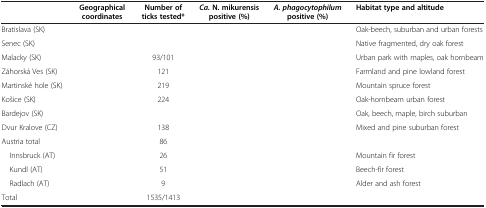
<table><thead><tr><td>[EMPTY_CELL]</td><td><b>Geographical coordinates</b></td><td><b>Number of ticks tested*</b></td><td><b><i>Ca. </i>N. mikurensis positive (%)</b></td><td><b><i>A. phagocytophilum </i>positive (%)</b></td><td><b>Habitat type and altitude</b></td></tr></thead><tbody><tr><td>Bratislava (SK)</td><td>[EMPTY_CELL]</td><td>[EMPTY_CELL]</td><td>[EMPTY_CELL]</td><td>[EMPTY_CELL]</td><td>Oak-beech, suburban and urban forests</td></tr><tr><td>Senec (SK)</td><td>[EMPTY_CELL]</td><td>[EMPTY_CELL]</td><td>[EMPTY_CELL]</td><td>[EMPTY_CELL]</td><td>Native fragmented, dry oak forest</td></tr><tr><td>Malacky (SK)</td><td>[EMPTY_CELL]</td><td>93/101</td><td>[EMPTY_CELL]</td><td>[EMPTY_CELL]</td><td>Urban park with maples, oak hornbeam</td></tr><tr><td>Záhorská Ves (SK)</td><td>[EMPTY_CELL]</td><td>121</td><td>[EMPTY_CELL]</td><td>[EMPTY_CELL]</td><td>Farmland and pine lowland forest</td></tr><tr><td>Martinské hole (SK)</td><td>[EMPTY_CELL]</td><td>219</td><td>[EMPTY_CELL]</td><td>[EMPTY_CELL]</td><td>Mountain spruce forest</td></tr><tr><td>Košice (SK)</td><td>[EMPTY_CELL]</td><td>224</td><td>[EMPTY_CELL]</td><td>[EMPTY_CELL]</td><td>Oak-hornbeam urban forest</td></tr><tr><td>Bardejov (SK)</td><td>[EMPTY_CELL]</td><td>[EMPTY_CELL]</td><td>[EMPTY_CELL]</td><td>[EMPTY_CELL]</td><td>Oak, beech, maple, birch suburban</td></tr><tr><td>Dvur Kralove (CZ)</td><td>[EMPTY_CELL]</td><td>138</td><td>[EMPTY_CELL]</td><td>[EMPTY_CELL]</td><td>Mixed and pine suburban forest</td></tr><tr><td>Austria total</td><td>[EMPTY_CELL]</td><td>86</td><td>[EMPTY_CELL]</td><td>[EMPTY_CELL]</td><td>[EMPTY_CELL]</td></tr><tr><td> Innsbruck (AT)</td><td>[EMPTY_CELL]</td><td>26</td><td>[EMPTY_CELL]</td><td>[EMPTY_CELL]</td><td>Mountain fir forest</td></tr><tr><td> Kundl (AT)</td><td>[EMPTY_CELL]</td><td>51</td><td>[EMPTY_CELL]</td><td>[EMPTY_CELL]</td><td>Beech-fir forest</td></tr><tr><td> Radlach (AT)</td><td>[EMPTY_CELL]</td><td>9</td><td>[EMPTY_CELL]</td><td>[EMPTY_CELL]</td><td>Alder and ash forest</td></tr><tr><td>Total</td><td>[EMPTY_CELL]</td><td>1535/1413</td><td>[EMPTY_CELL]</td><td>[EMPTY_CELL]</td><td>[EMPTY_CELL]</td></tr></tbody></table>